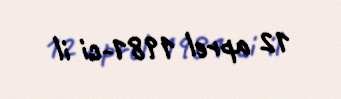
12 aprel 1981-ci il